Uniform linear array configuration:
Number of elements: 48
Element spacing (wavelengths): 1
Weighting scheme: binomial
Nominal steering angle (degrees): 15
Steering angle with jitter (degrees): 13.701
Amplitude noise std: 0.05
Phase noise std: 0.05

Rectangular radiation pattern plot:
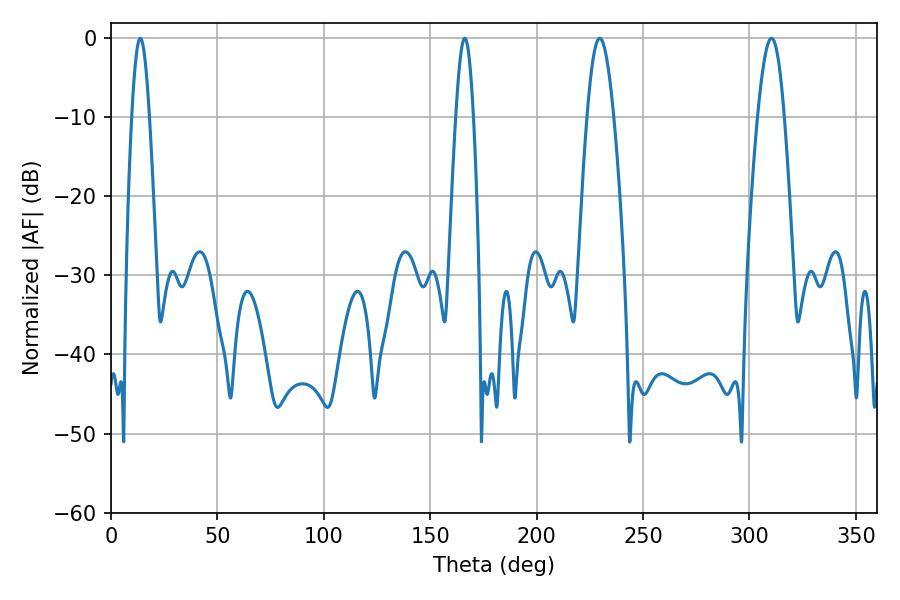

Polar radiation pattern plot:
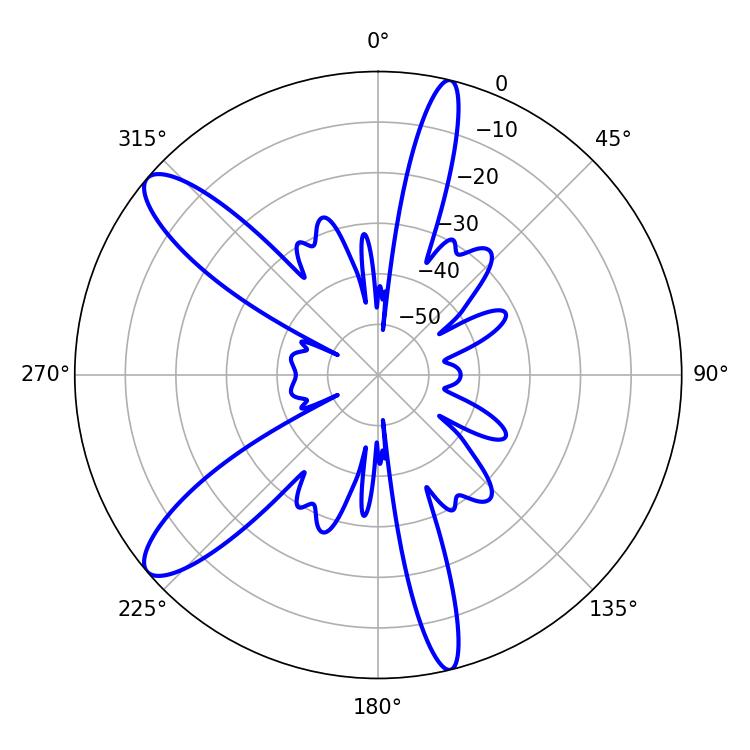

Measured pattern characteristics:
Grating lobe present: TRUE
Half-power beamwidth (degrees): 6.66
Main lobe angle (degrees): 310.32